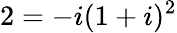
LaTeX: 2=-i(1+i)^{2}